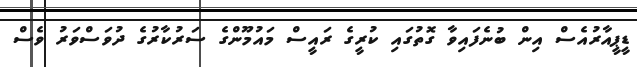
ޑީޕީއާރުއެސް އިން ބުނެފައިވާ ގޮތުގައި ކުރީގެ ރައީސް މައުމޫންގެ ސަރުކާރުގެ ދުވަސްވަރު ވެސް